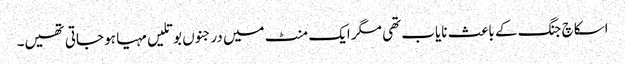
اسکاچ جنگ کے باعث نایاب تھی مگر ایک منٹ میں درجنوں بوتلیں مہیا ہو جاتی تھیں۔